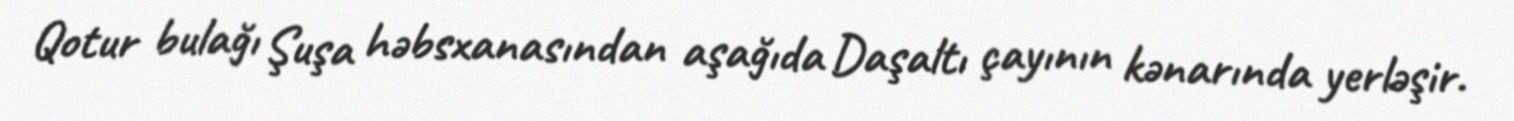
Qotur bulağı Şuşa həbsxanasından aşağıda Daşaltı çayının kənarında yerləşir.